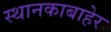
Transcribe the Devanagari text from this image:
स्थानकाबाहेर